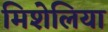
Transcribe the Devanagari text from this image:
मिशेलिया